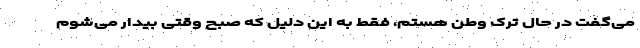
می‌گفت در حال ترک وطن هستم، فقط به این دلیل که صبح وقتی بیدار می‌شوم